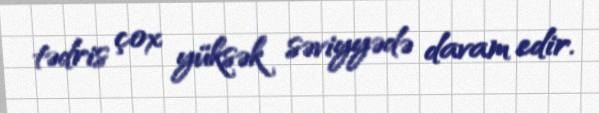
tədris çox yüksək səviyyədə davam edir.